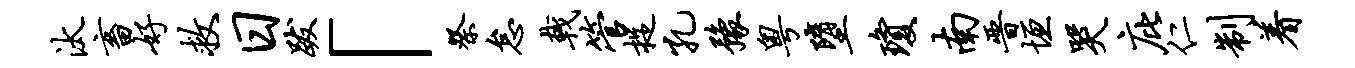
汰畜好救日跋「祭怠戟管捉孔豫粤堕琼南晋垣哭庇仁制着